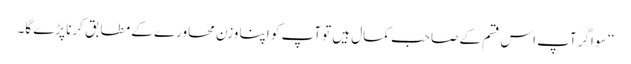
‘‘ سو اگر آپ اس قسم کے صاحب کمال ہیں تو آپ کو اپنا وزن محاورے کے مطابق کرنا پڑے گا۔